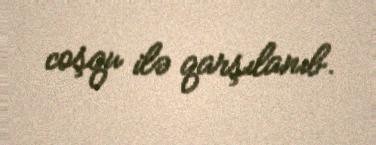
coşqu ilə qarşılanıb.